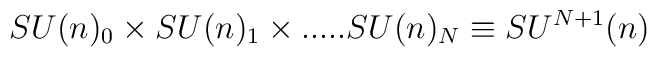
SU(n)_0\times SU(n)_1 \times.....SU(n)_N\equiv SU^{N+1}(n)